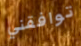
توافقني